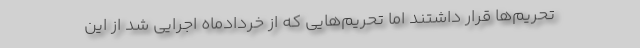
تحریم‌ها قرار داشتند اما تحریم‌هایی که از خردادماه اجرایی شد از این